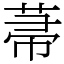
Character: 菷